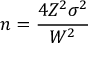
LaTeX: n = { \frac { 4 Z ^ { 2 } \sigma ^ { 2 } } { W ^ { 2 } } }